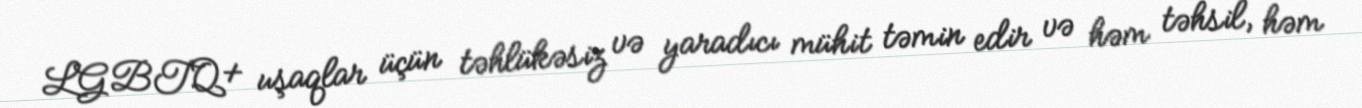
LGBTQ+ uşaqlar üçün təhlükəsiz və yaradıcı mühit təmin edir və həm təhsil, həm